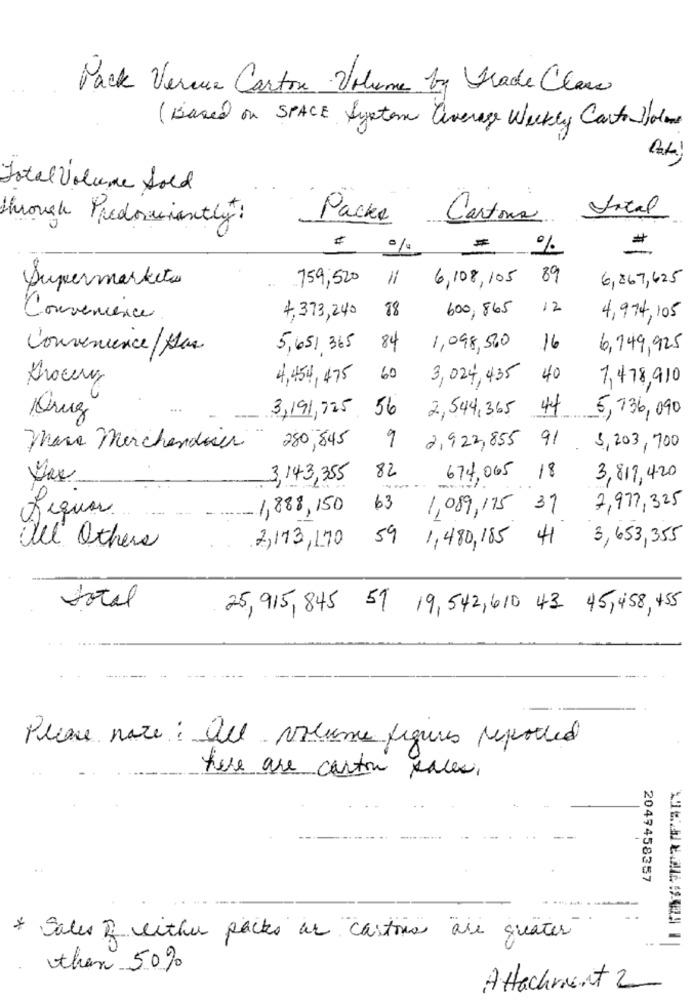
Pack Venue Carton Volume by Grace Class
( Based on SPACE System Average Weekly Carton Wolen
Total Volume Sold
through Predominantly :
Packe
Cartons Intal
#
%
=
%
759,520
6,108, 105 89
6,867,625
Supermarket
18
600,865
12
Convenience
4,373,240
4,974,105
Convenience/ plas
5,651,365
84
1,098,500
16
6,749,925
4,454, 475
60
3,024,435
40
7,478,910
Grocery
56
2,544,365
44
5,736, 090
Cruz
3,191,325
Mare Merchandiser"
280,845
9
2,922,855
3,203,700
3,143,355
82
674,065 18
3,817, 420
-1,888,150
63
1,089,175 31
7,977,325
59
3,653,355
all' Others
7,173,170
1,480, 185 41
total
25,915, 845 59 19, 542, 610 43 45, 458, 45
---------
Place note : all volume figures reported
here are carton faces,
2049458357
* Sales of either packs ar cartons are quater
then 50%
Attachment 2